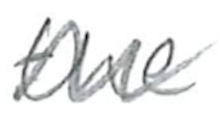
Text: the
Cross-out: mix
Writing tool: pencil